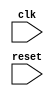
module AXI_Controller (
    input wire clk,
    input wire reset,
    // Other input and output ports here
    
    // Timing control and synchronization logic here
    
);

// Declare internal signals and registers here

// Timing control and synchronization logic implementation here

endmodule